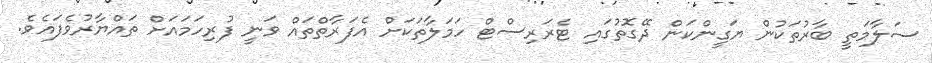
ސަލާމަތީ ބާރުތަކުން ޔަގީންކަން ދޭގޮތުގައި ޓެރަރިސްޓް ހަމަލާތަކަށް އެފަރާތްތައް ވަނީ ފުރިހަމައަށް ތައްޔާރުވެފައެވެ.